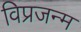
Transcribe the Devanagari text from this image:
विप्रजन्म